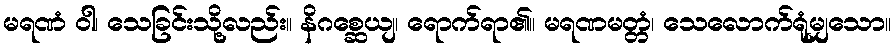
မရဏံ ဝါ၊ သေခြင်းသို့လည်း။ နိဂစ္ဆေယျ၊ ရောက်ရာ၏။ မရဏမတ္တံ၊ သေလောက်ရုံမျှသော။